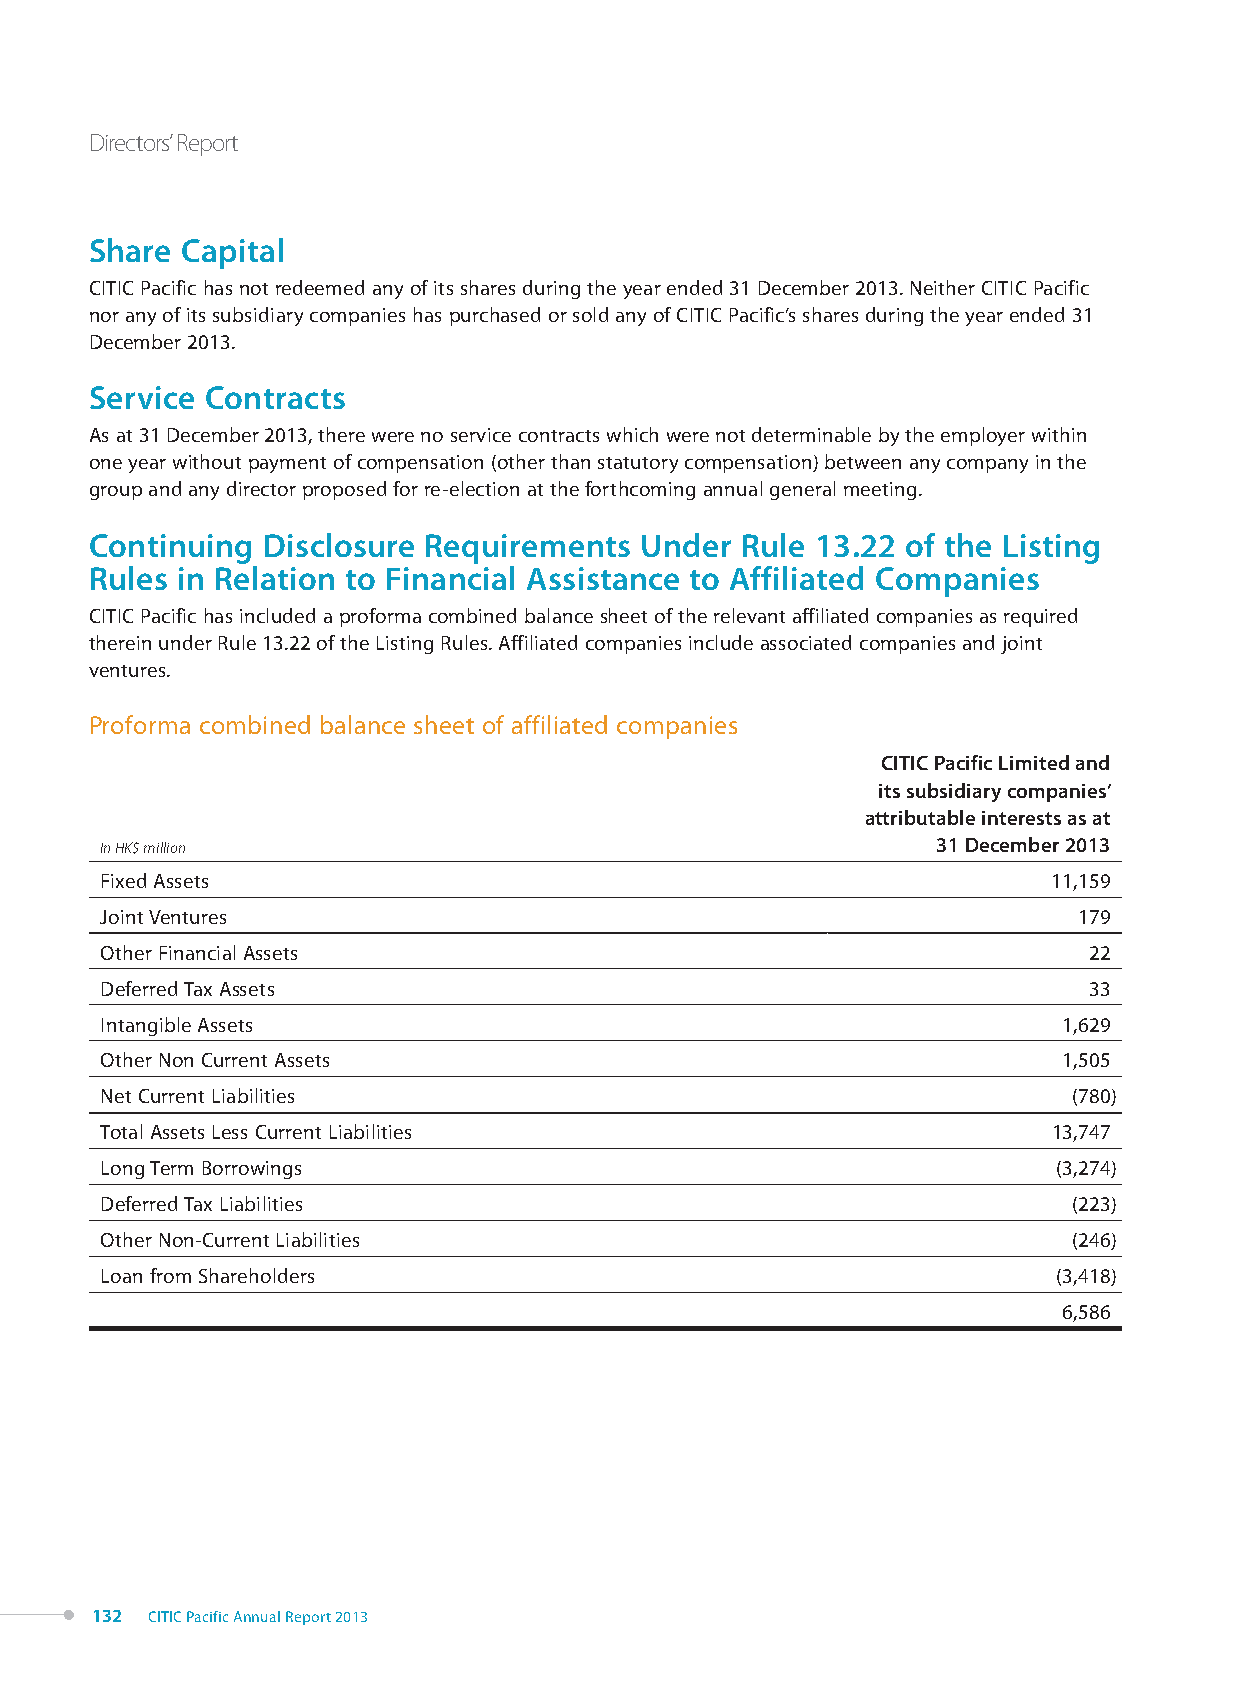
Directors’ Report
 Share Capital
 CITIC Pacific has not redeemed any of its shares during the year ended 31 December 2013. Neither CITIC Pacific
 nor any of its subsidiary companies has purchased or sold any of CITIC Pacific’s shares during the year ended 31
 December 2013.
 Service Contracts
 As at 31 December 2013, there were no service contracts which were not determinable by the employer within
 one year without payment of compensation (other than statutory compensation) between any company in the
 group and any director proposed for re-election at the forthcoming annual general meeting.
 Continuing Disclosure Requirements  Under  Rule 13.22 of the Listing
 Rules in Relation to Financial Assistance to Affiliated Companies
 CITIC Pacific has included a proforma combined balance sheet of the relevant affiliated companies as required
 therein under Rule 13.22 of the Listing Rules. Affiliated companies include associated companies and joint
 ventures.
 Proforma combined balance sheet of affiliated companies
 CITIC Pacific Limited and
 its subsidiary companies’
 attributable interests as at
 In HK$ million                                         31 December 2013
 Fixed Assets                                                   11,159
 Joint Ventures                                                  179
 Other Financial Assets                                           22
 Deferred Tax Assets                                              33
 Intangible Assets                                              1,629
 Other Non Current Assets                                       1,505
 Net Current Liabilities                                         (780)
 Total Assets Less Current Liabilities                          13,747
 Long Term Borrowings                                           (3,274)
 Deferred Tax Liabilities                                        (223)
 Other Non-Current Liabilities                                   (246)
 Loan from Shareholders                                         (3,418)
 6,586
 132 CITIC Pacific Annual Report 2013